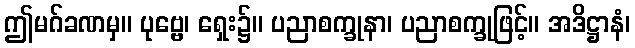
ဤမဂ်ခဏမှ။ ပုဗ္ဗေ၊ ရှေး၌။ ပညာစက္ခုနာ၊ ပညာစက္ခုဖြင့်။ အဒိဋ္ဌာနံ၊